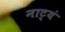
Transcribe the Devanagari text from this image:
नाट्यं